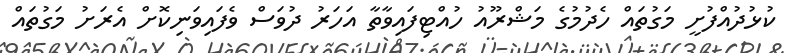
ކުޅުދުއްފުށީ މަގުތައް ހެދުމުގެ މަޝްރޫއު ހުއްޓިފައިވާތާ އަހަރު ދުވަސް ވެފައިވަނިކޮށް އެރަށު މަގުތައް